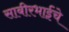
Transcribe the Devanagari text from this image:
साबीरभाईंचे